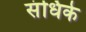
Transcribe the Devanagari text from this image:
संधिके